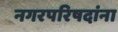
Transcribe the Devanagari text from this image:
नगरपरिषदांना